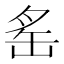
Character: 䍃